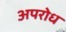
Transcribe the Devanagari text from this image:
अपरोध